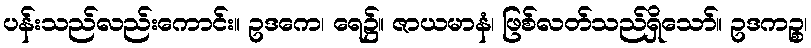
ပန်းသည်လည်းကောင်း။ ဥဒကေ၊ ရေ၌။ ဇာယမာနံ၊ ဖြစ်လတ်သည်ရှိသော်။ ဥဒကဉ္စ၊